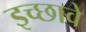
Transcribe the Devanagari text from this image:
इच्छावे